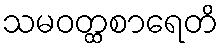
သမဝတ္ထစာရေတိ